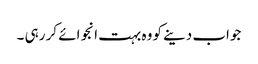
جواب دینے کو وہ بہت انجوائے کر رہی ۔